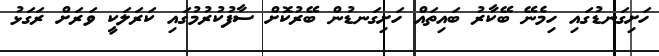
ހަށިގަނޑުގައި ހިމެނޭ ބޭކާރު ބައިތައް ހަށިގަނޑުން ބޭރުކޮށް ސާފުކުރުމުގައި ކަރަލަކީ ވަރަށް ރަގަޅު